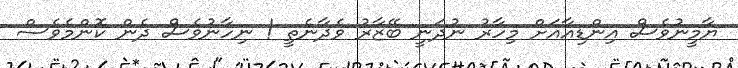
ޔާމީނުވެސް އިންޑިއާއަށް މިހާރު ނުދަނީ ބޭޒާރު ވެދާނެތީ ! ނިހާނުވެސް ދެން ކޮންމެވެސް